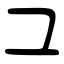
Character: ユ